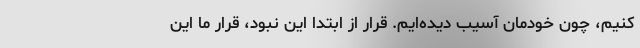
کنیم، چون خودمان آسیب دیده‌ایم. قرار از ابتدا این نبود، قرار ما این